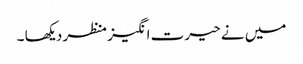
میں نے حیرت انگیز منظر دیکھا ۔